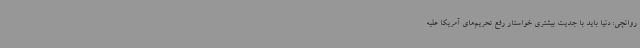
روانچی: دنیا باید با جدیت بیشتری خواستار رفع تحریم‌های آمریکا علیه